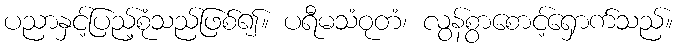
ပညာနှင့်ပြည့်စုံသည်ဖြစ်၍။ ပရီမသံဝုတံ၊ လွန်စွာစောင့်ရှောက်သည်။